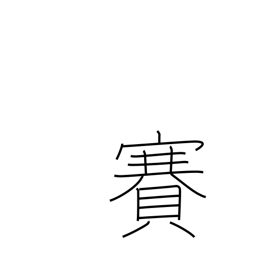
Meaning: temple visit